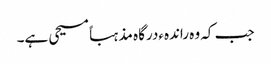
جب کہ وہ راندہءدرگاہ مذہباً مسیحی ہے۔